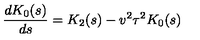
\frac { d K _ { 0 } ( s ) } { d s } = K _ { 2 } ( s ) - v ^ { 2 } \tau ^ { 2 } K _ { 0 } ( s )